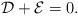
\begin{align*}\mathcal{D}+\mathcal{E}=0.\end{align*}